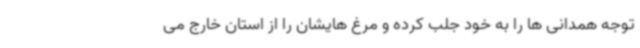
توجه همدانی ها را به خود جلب کرده و مرغ هایشان را از استان خارج می